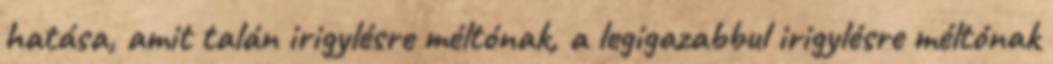
hatása, amit talán irigylésre méltónak, a legigazabbul irigylésre méltónak